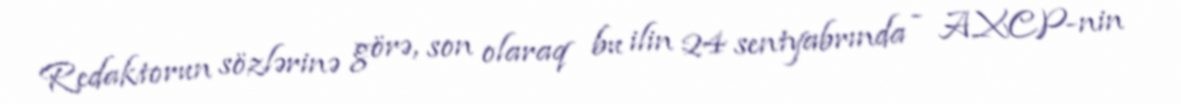
Redaktorun sözlərinə görə, son olaraq bu ilin 24 sentyabrında - AXCP-nin